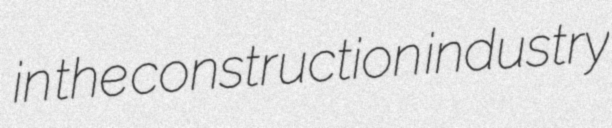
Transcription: in the construction industry